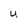
Character: U